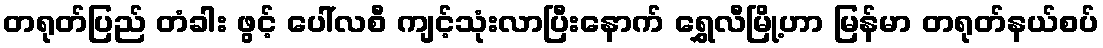
တရုတ်ပြည် တံခါး ဖွင့် ပေါ်လစီ ကျင့်သုံးလာပြီးနောက် ရွှေလီမြို့ဟာ မြန်မာ တရုတ်နယ်စပ်